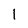
Character: l